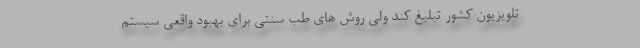
تلویزیون کشور تبلیغ کند ولی روش های طب سنتی برای بهبود واقعی سیستم